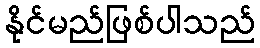
နိုင်မည်ဖြစ်ပါသည်